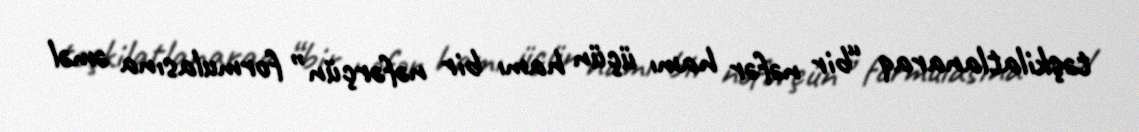
təşkilatlanaraq “bir nəfər hamı üçün hamı bir nəfərçün” formulasına əməl